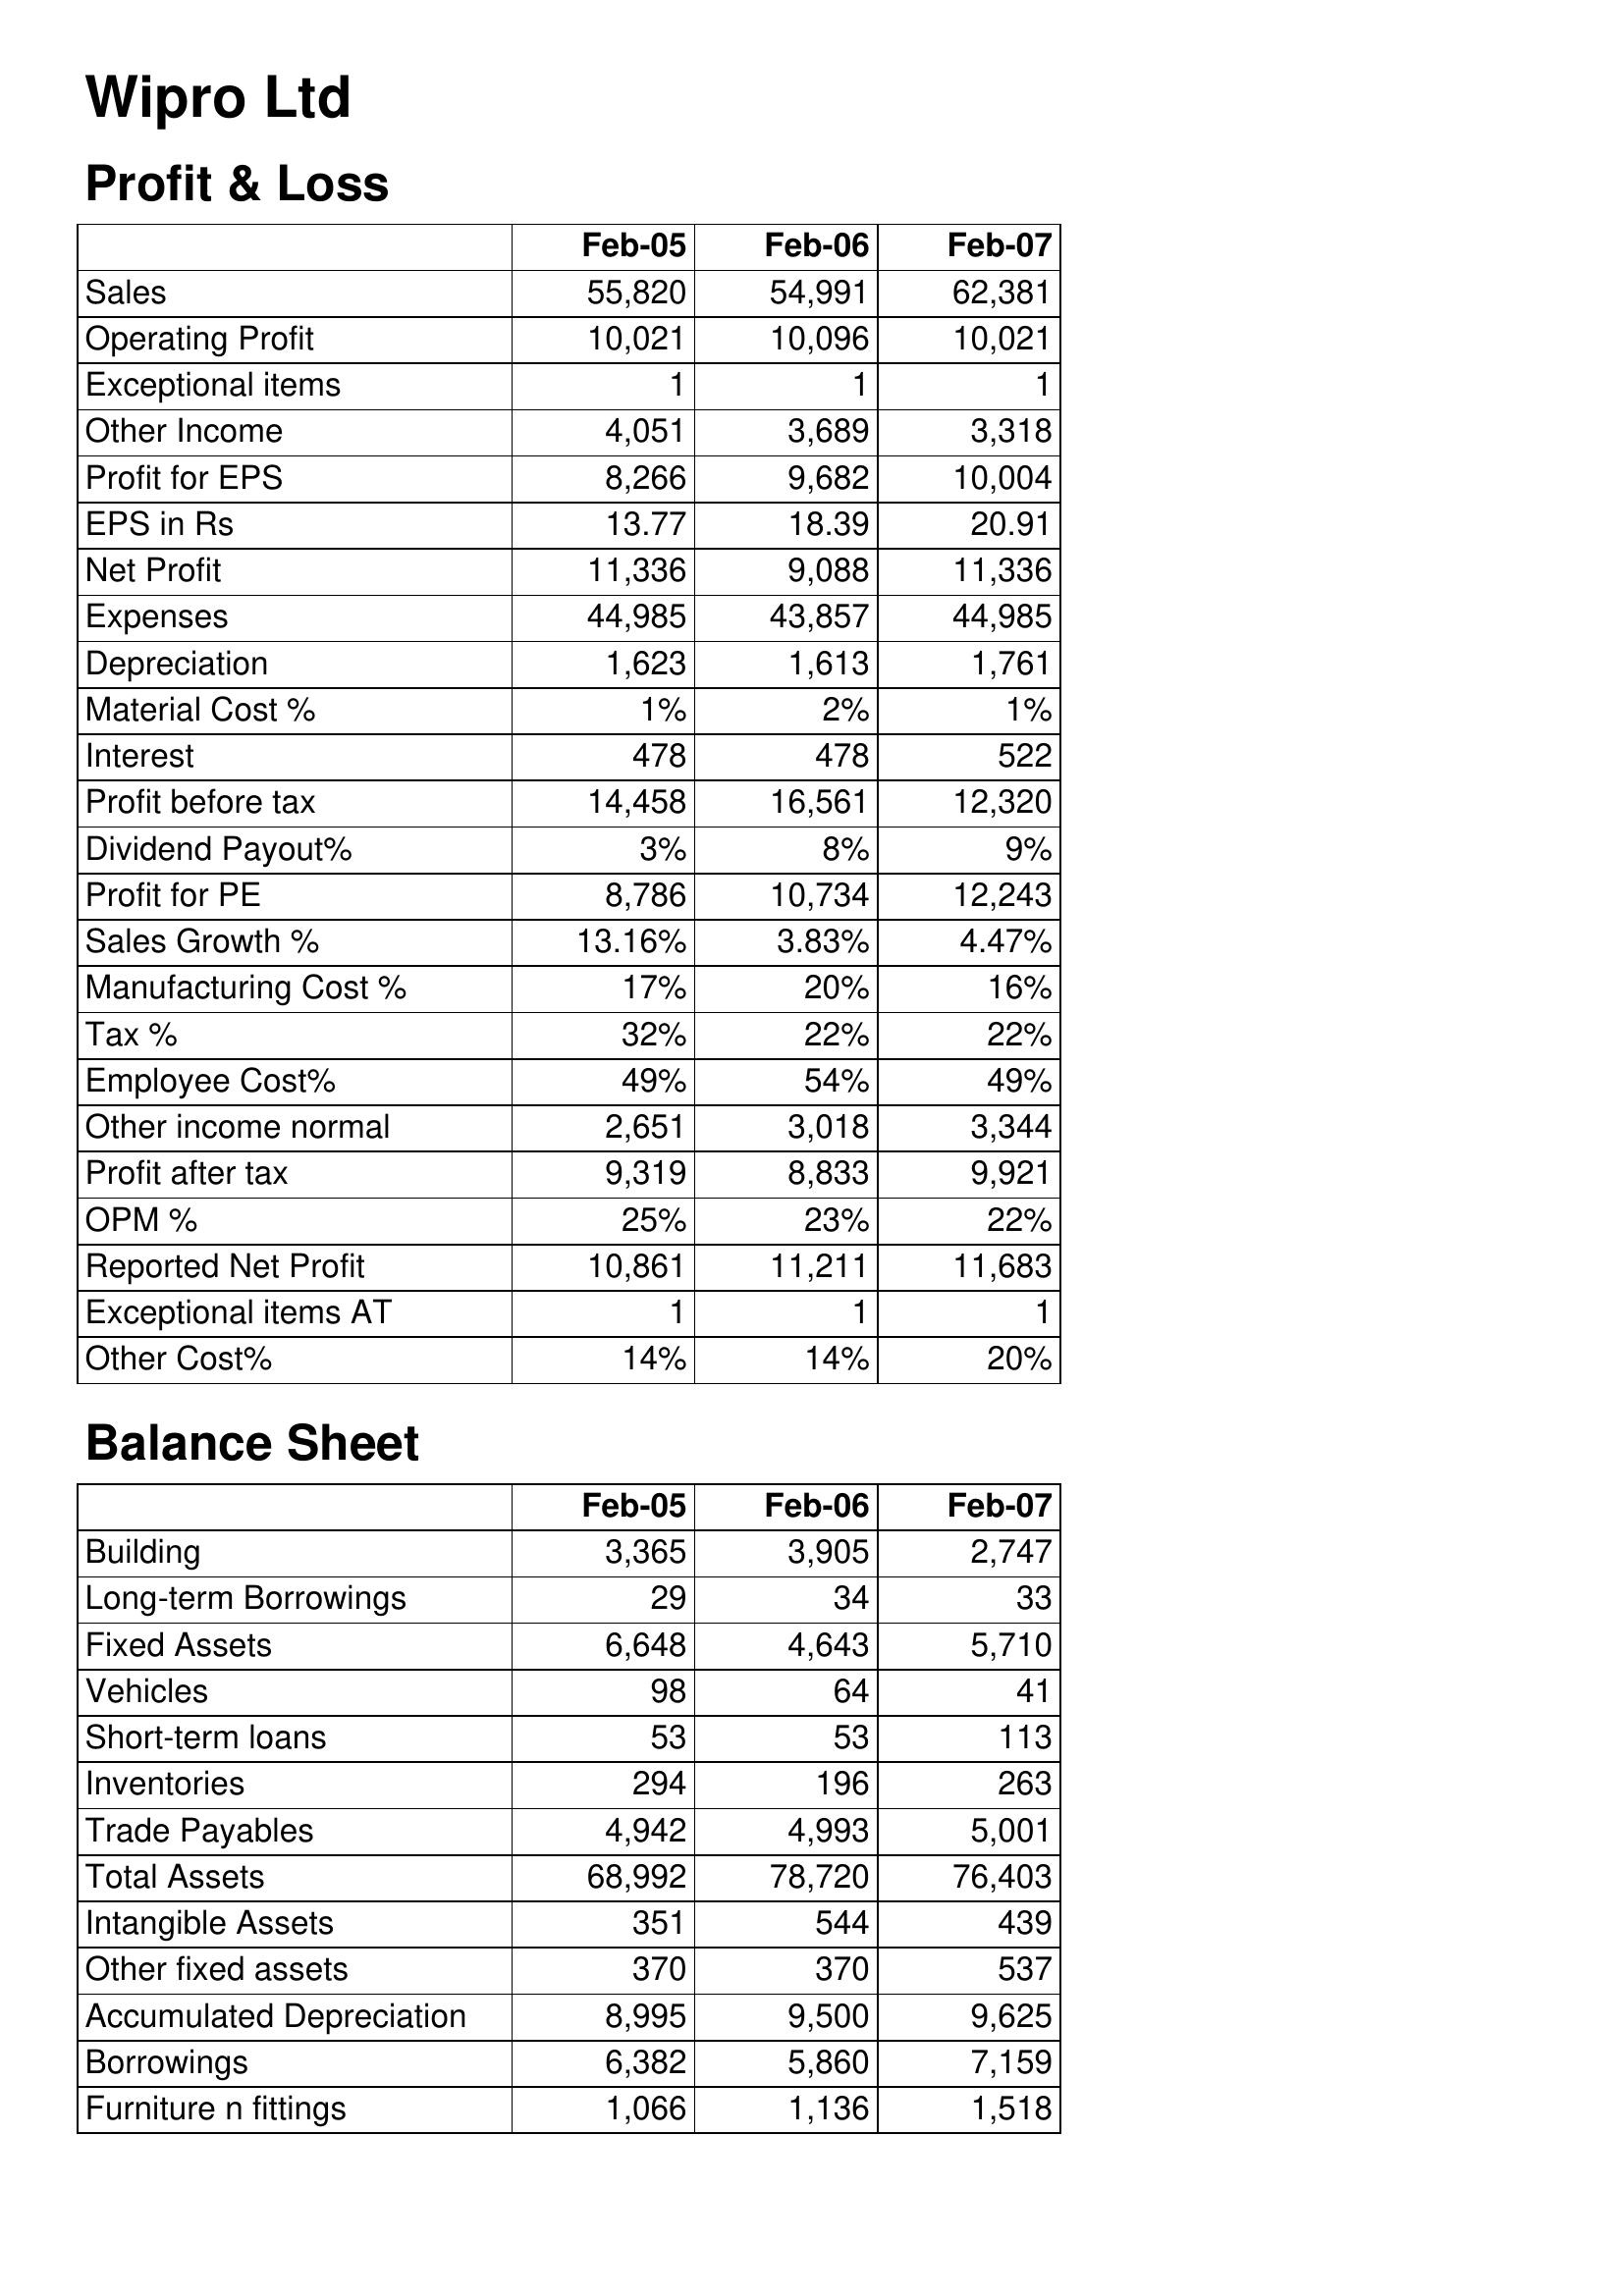
Feb-05: Profit & Loss: Sales: 55,820
Operating Profit: 10,021
Exceptional items: 1
Other Income: 4,051
Profit for EPS: 8,266
EPS in Rs: 13.77
Net Profit: 11,336
Expenses: 44,985
Depreciation: 1,623
Material Cost %: 1%
Interest: 478
Profit before tax: 14,458
Dividend Payout%: 3%
Profit for PE: 8,786
Sales Growth %: 13.16%
Manufacturing Cost %: 17%
Tax %: 32%
Employee Cost%: 49%
Other income normal: 2,651
Profit after tax: 9,319
OPM %: 25%
Reported Net Profit: 10,861
Exceptional items AT: 1
Other Cost%: 14%
Balance Sheet: Building: 3,365
Long-term Borrowings: 29
Fixed Assets: 6,648
Vehicles: 98
Short-term loans: 53
Inventories: 294
Trade Payables: 4,942
Total Assets: 68,992
Intangible Assets: 351
Other fixed assets: 370
Accumulated Depreciation: 8,995
Borrowings: 6,382
Furniture n fittings: 1,066
Feb-06: Profit & Loss: Sales: 54,991
Operating Profit: 10,096
Exceptional items: 1
Other Income: 3,689
Profit for EPS: 9,682
EPS in Rs: 18.39
Net Profit: 9,088
Expenses: 43,857
Depreciation: 1,613
Material Cost %: 2%
Interest: 478
Profit before tax: 16,561
Dividend Payout%: 8%
Profit for PE: 10,734
Sales Growth %: 3.83%
Manufacturing Cost %: 20%
Tax %: 22%
Employee Cost%: 54%
Other income normal: 3,018
Profit after tax: 8,833
OPM %: 23%
Reported Net Profit: 11,211
Exceptional items AT: 1
Other Cost%: 14%
Balance Sheet: Building: 3,905
Long-term Borrowings: 34
Fixed Assets: 4,643
Vehicles: 64
Short-term loans: 53
Inventories: 196
Trade Payables: 4,993
Total Assets: 78,720
Intangible Assets: 544
Other fixed assets: 370
Accumulated Depreciation: 9,500
Borrowings: 5,860
Furniture n fittings: 1,136
Feb-07: Profit & Loss: Sales: 62,381
Operating Profit: 10,021
Exceptional items: 1
Other Income: 3,318
Profit for EPS: 10,004
EPS in Rs: 20.91
Net Profit: 11,336
Expenses: 44,985
Depreciation: 1,761
Material Cost %: 1%
Interest: 522
Profit before tax: 12,320
Dividend Payout%: 9%
Profit for PE: 12,243
Sales Growth %: 4.47%
Manufacturing Cost %: 16%
Tax %: 22%
Employee Cost%: 49%
Other income normal: 3,344
Profit after tax: 9,921
OPM %: 22%
Reported Net Profit: 11,683
Exceptional items AT: 1
Other Cost%: 20%
Balance Sheet: Building: 2,747
Long-term Borrowings: 33
Fixed Assets: 5,710
Vehicles: 41
Short-term loans: 113
Inventories: 263
Trade Payables: 5,001
Total Assets: 76,403
Intangible Assets: 439
Other fixed assets: 537
Accumulated Depreciation: 9,625
Borrowings: 7,159
Furniture n fittings: 1,518